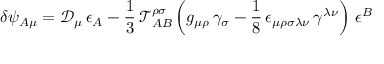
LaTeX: \delta \psi _ { A \mu } = \mathcal { D } _ { \mu } \, \epsilon _ { A } - \frac { 1 } { 3 } \, \mathcal { T } _ { A B } ^ { \rho \sigma } \left( g _ { \mu \rho } \, \gamma _ { \sigma } - \frac { 1 } { 8 } \, \epsilon _ { \mu \rho \sigma \lambda \nu } \, \gamma ^ { \lambda \nu } \right) \, \epsilon ^ { B }